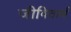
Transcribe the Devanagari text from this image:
जीवितार्थ